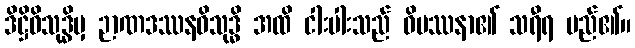
ဒိဋ္ဌိဝိသုဒ္ဓိမှ ဉာဏဒဿနဝိသုဒ္ဓိ အထိ ငါးပါးသည် ဝိပဿနာ၏ သရီရ မည်၏။